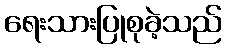
ရေးသားပြုစုခဲ့သည်